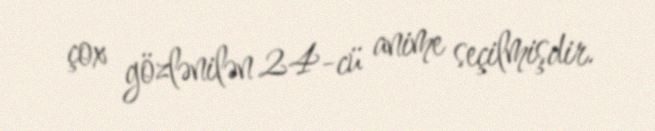
çox gözlənilən 24-cü anime seçilmişdir.